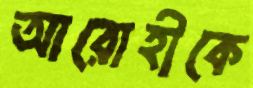
আরোহীকে